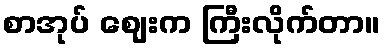
စာအုပ် ဈေးက ကြီးလိုက်တာ။